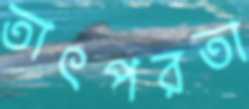
তাৎপরতা